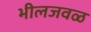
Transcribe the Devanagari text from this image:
भीलजवळ